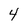
Character: 4